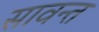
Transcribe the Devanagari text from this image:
सावन्‍त